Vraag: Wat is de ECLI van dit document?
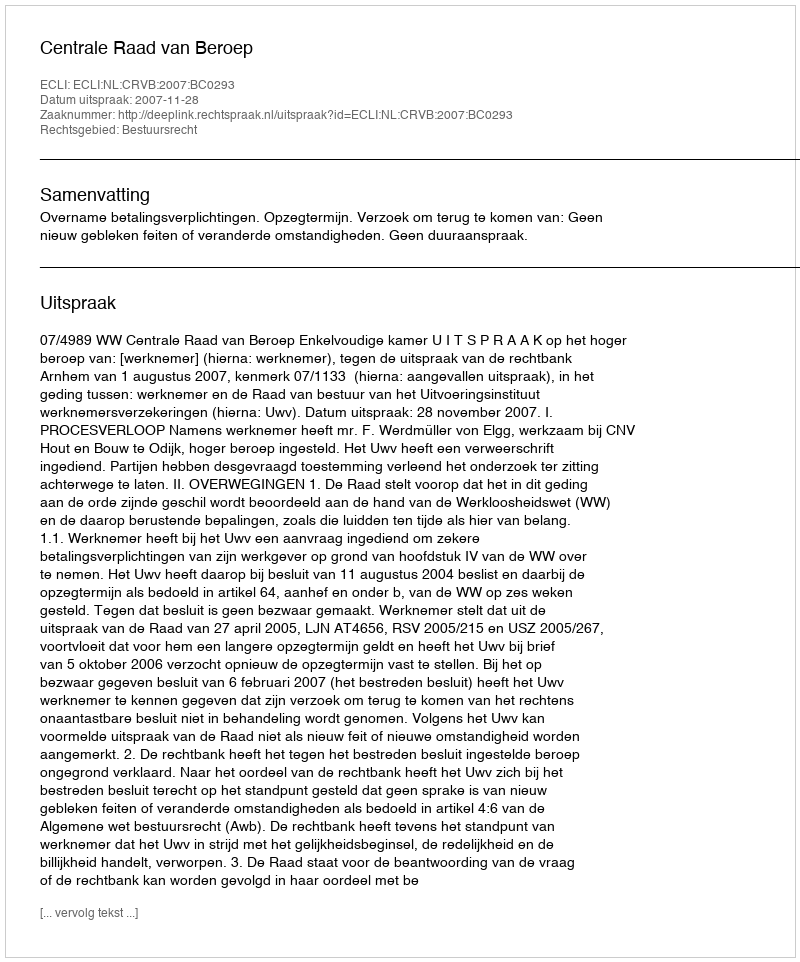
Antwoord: ECLI:NL:CRVB:2007:BC0293